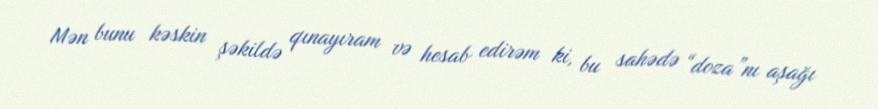
Mən bunu kəskin şəkildə qınayıram və hesab edirəm ki, bu sahədə “doza”nı aşağı